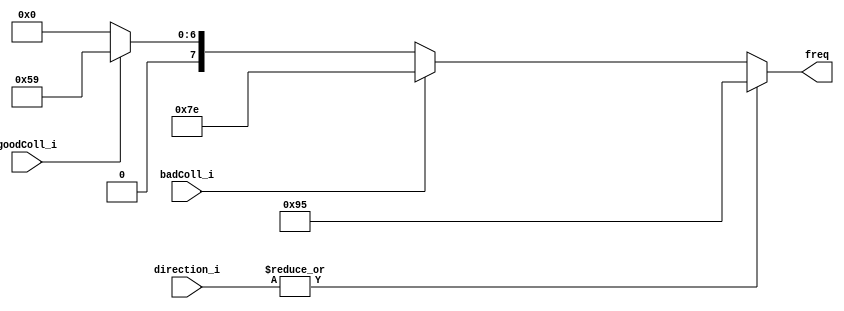
`default_nettype none
module t09_freq_selector_10M (
	goodColl_i,
	badColl_i,
	direction_i,
	freq
);
	reg _sv2v_0;
	input wire goodColl_i;
	input wire badColl_i;
	input wire [3:0] direction_i;
	output reg [7:0] freq;
	always @(*) begin
		if (_sv2v_0)
			;
		freq = 0;
		if (goodColl_i)
			freq = 8'd89;
		if (badColl_i)
			freq = 8'd126;
		if (|direction_i)
			freq = 8'd149;
	end
	initial _sv2v_0 = 0;
endmodule